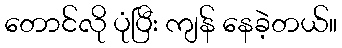
တောင်လို ပုံပြီး ကျန် နေခဲ့တယ်။